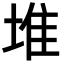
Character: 堆